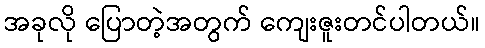
အခုလို ပြောတဲ့အတွက် ကျေးဇူးတင်ပါတယ်။